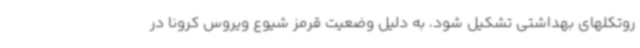
روتکلهای ‌بهداشتی تشکیل شود، به دلیل وضعیت قرمز شیوع ویروس کرونا در